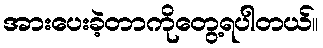
အားပေးခဲ့တာကိုတွေ့ရပါတယ်။